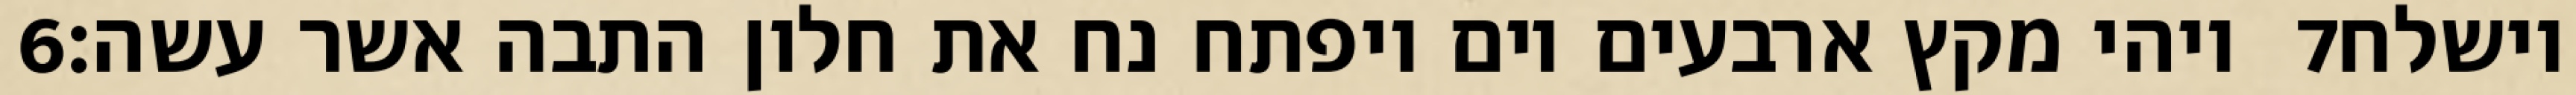
‎6‏ ויהי מקץ ארבעים יום ויפתח נח את חלון התבה אשר עשה׃ ‎7‏ וישלח